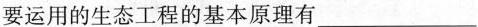
要运用的生态工程的基本原理有___